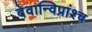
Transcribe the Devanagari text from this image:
देवान्विप्रांश्च